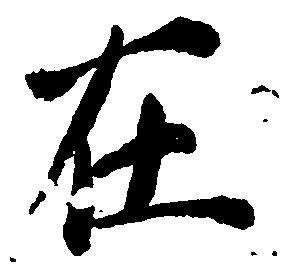
在